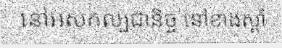
នៅអស់កល្បជានិច្ច នៅខាងស្តាំ